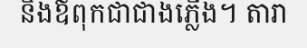
និងឪពុកជាជាងភ្លើង។ តារា